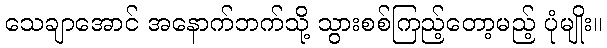
သေချာအောင် အနောက်ဘက်သို့ သွားစစ်ကြည့်တော့မည့် ပုံမျိုး။